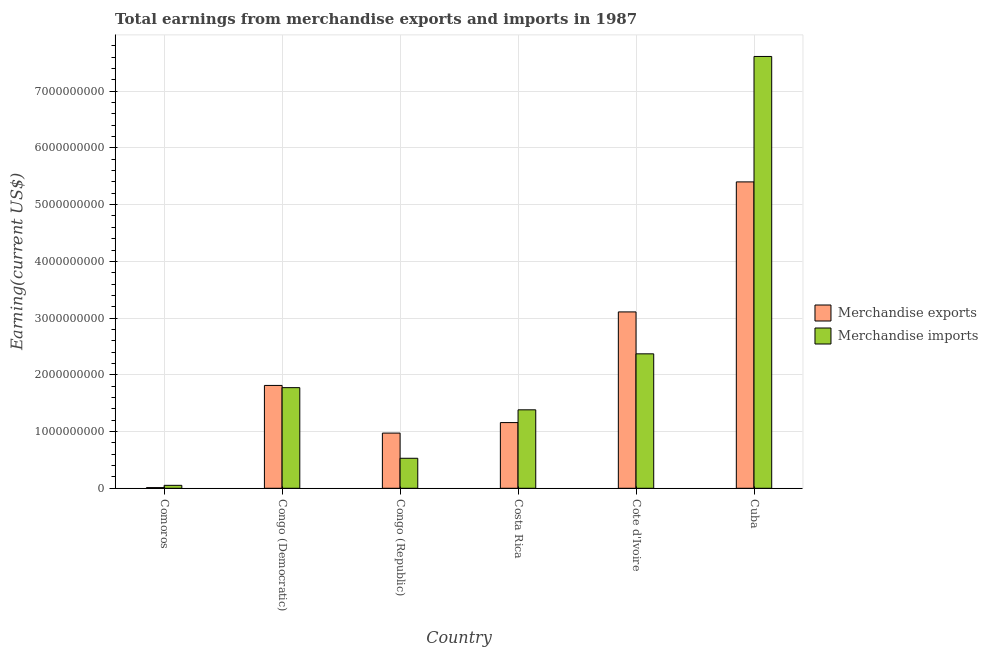
| Country | Merchandise exports | Merchandise imports |
 | --- | --- | --- |
 | Comoros | 1.2e+07 | 5.2e+07 |
 | Congo (Democratic) | 1.81e+09 | 1.77e+09 |
 | Congo (Republic) | 9.73e+08 | 5.29e+08 |
 | Costa Rica | 1.16e+09 | 1.38e+09 |
 | Cote d'Ivoire | 3.11e+09 | 2.37e+09 |
 | Cuba | 5.4e+09 | 7.61e+09 |